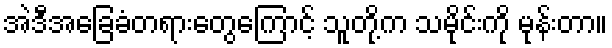
အဲဒီအခြေခံတရားတွေကြောင့် သူတို့က သမိုင်းကို မုန်းတာ။